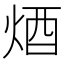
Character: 𨟽